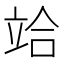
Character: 𥩻